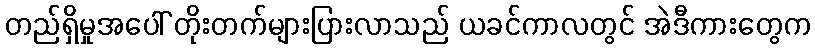
တည်ရှိမှုအပေါ် တိုးတက်များပြားလာသည် ယခင်ကာလတွင် အဲဒီကားတွေက